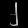
Digit: ၂